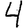
Digit: 4